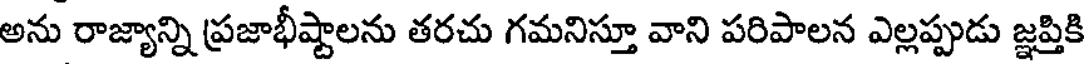
అను రాజ్యాన్ని ప్రజాభీష్టాలను తరచు గమనిస్తూ వాని పరిపాలన ఎల్లప్పుడు జ్ఞప్తికి